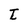
Character: t